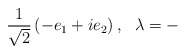
\begin{align*}\frac{1}{\sqrt{2}}\left( -e_{1}+ie_{2}\right) ,\,\,\,\,\lambda =-\end{align*}